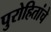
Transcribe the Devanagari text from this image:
पुरोहितांचे